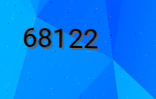
68122